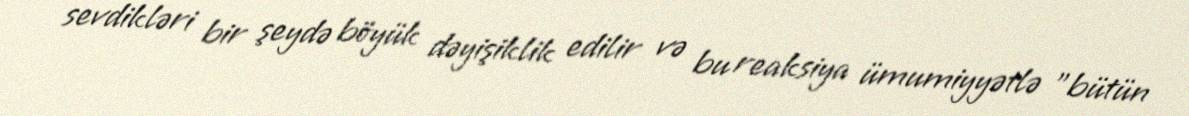
sevdikləri bir şeydə böyük dəyişiklik edilir və bu reaksiya ümumiyyətlə "bütün